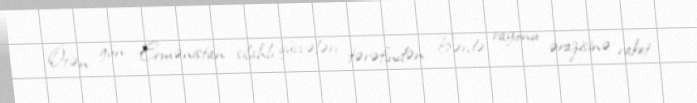
Ötən gün Ermənistan silahlı qüvvələri tərəfindən Bərdə rayonu ərazisinə raket